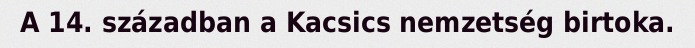
A 14. században a Kacsics nemzetség birtoka.